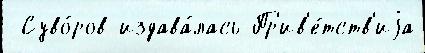
 Суво́ров издава́лась Пр'ив'е́тств'иjа